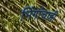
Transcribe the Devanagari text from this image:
भिंगांचाही